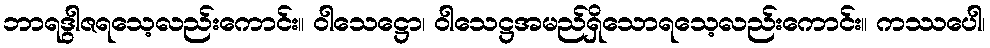
ဘာရဒွါဇရသေ့လည်းကောင်း။ ဝါသေဋ္ဌော၊ ဝါသေဋ္ဌအမည်ရှိသောရသေ့လည်းကောင်း။ ကဿပေါ၊